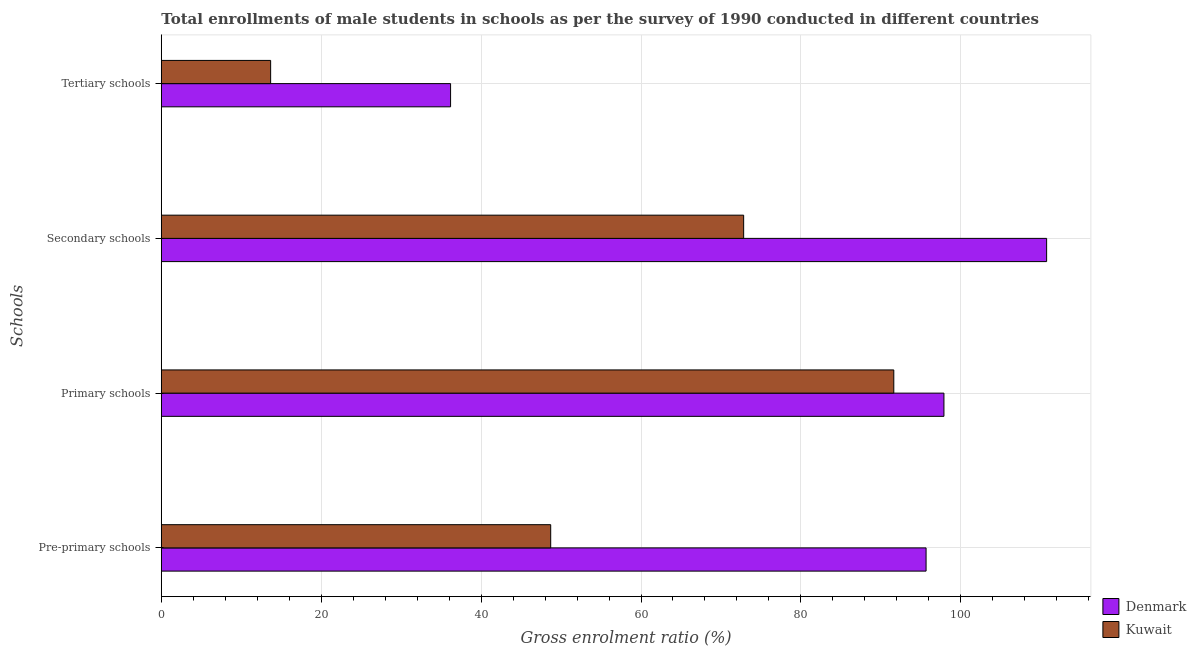
| Schools | Denmark | Kuwait |
 | --- | --- | --- |
 | Pre-primary schools | 95.7 | 48.7 |
 | Primary schools | 97.9 | 91.6 |
 | Secondary schools | 111 | 72.8 |
 | Tertiary schools | 36.2 | 13.7 |